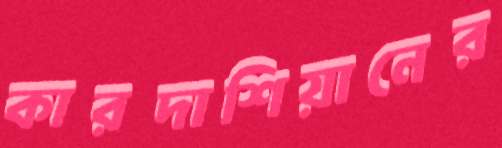
কারদাশিয়ানের